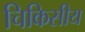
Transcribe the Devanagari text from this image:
चिकिसीय